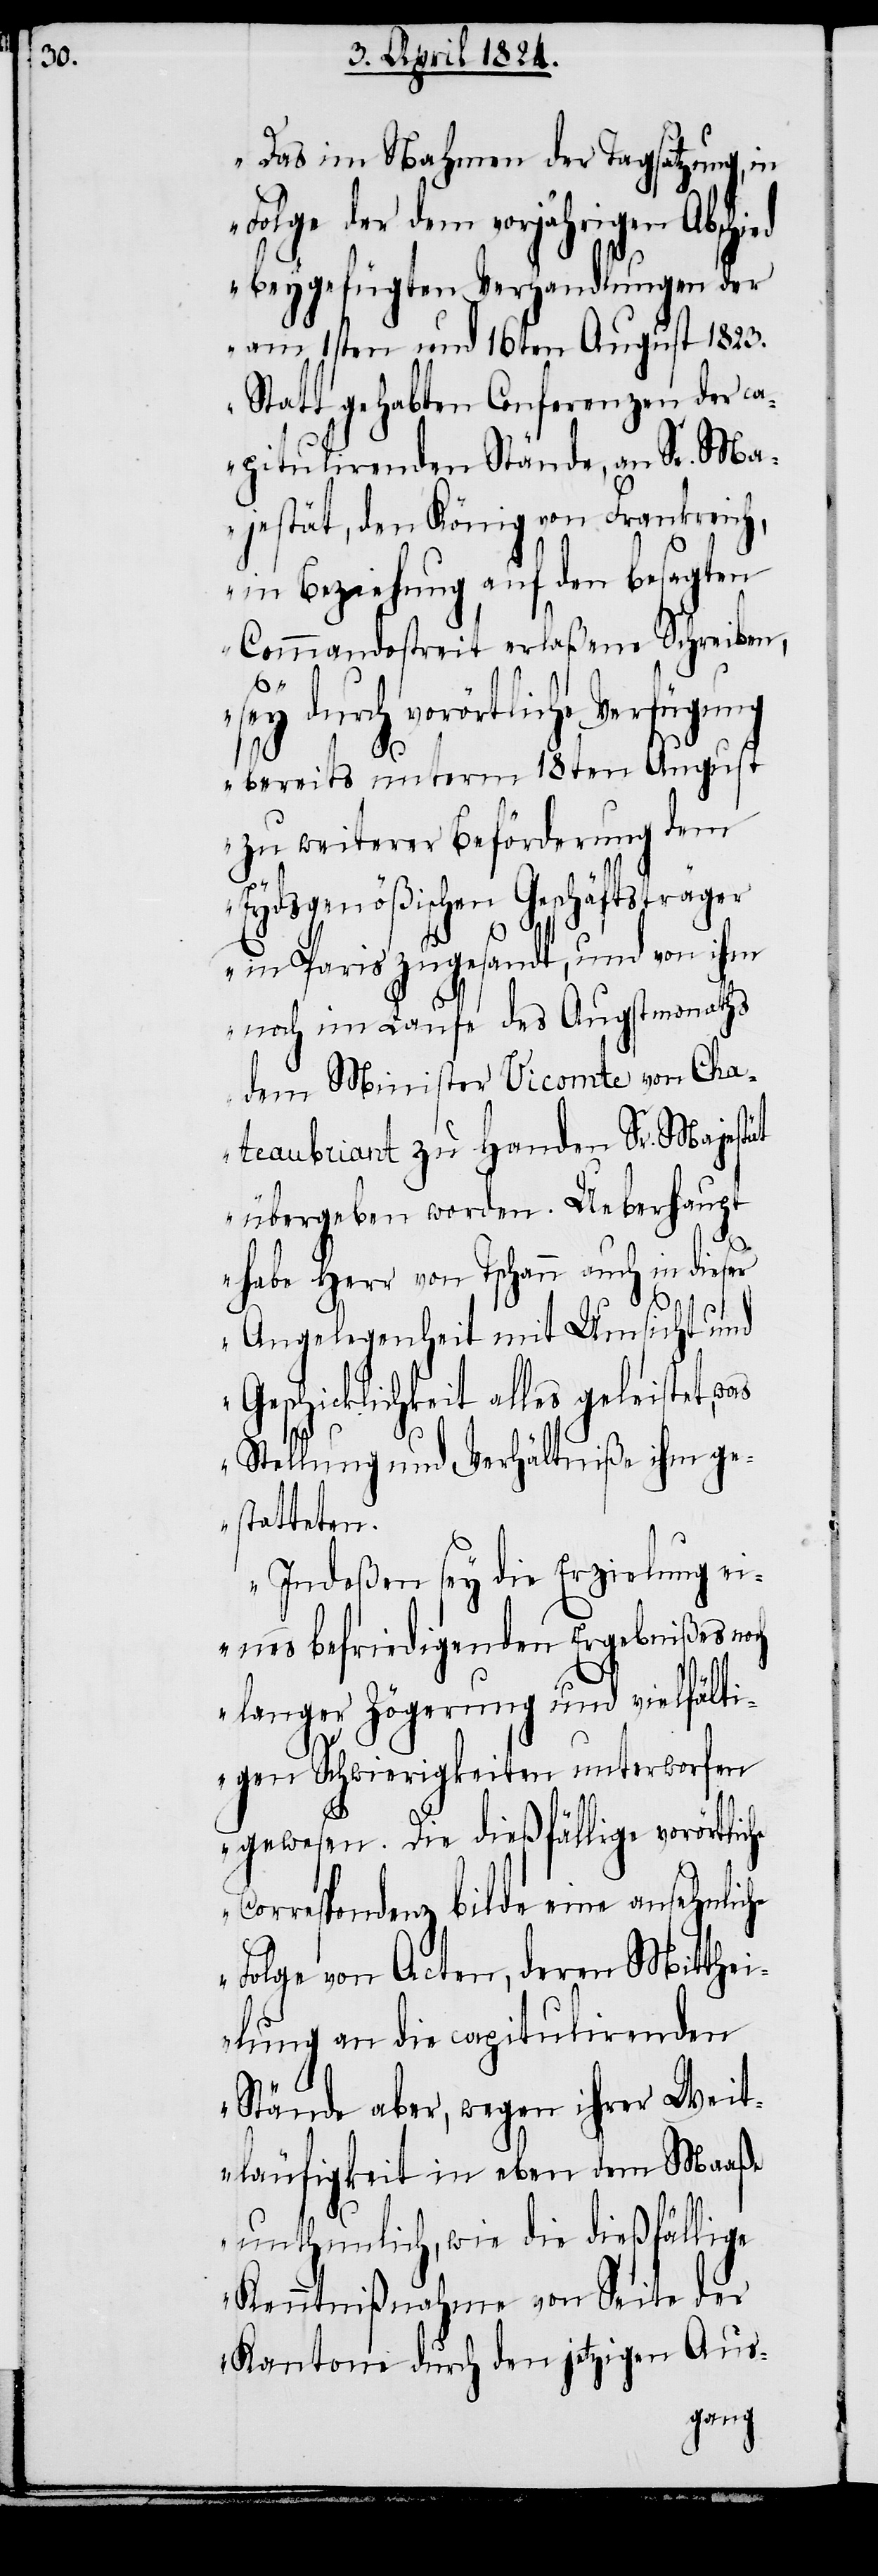
„Das im Nahmen der Tagsatzung, in
Folge der dem vorjährigen Abschied
beygefügten Verhandlungen der
am 1sten und 16ten August 1823.
Statt gehabten Conferenzen der ca¬
pitulirenden Stände, an Se. Ma¬
jestät, den König von Frankreich,
in Beziehung auf den besagten
Commandostreit erlaßene Schreiben
s¬
ey durch vorörtliche Verfü¬
bereits unterm 18ten August
zu weiterer Beförderung dem
Eydsgenößischen Geschäftsträger
in Paris zugesandt, und von ihm
noch im Laufe des Augustmonaths
dem Minister Vicomte von Cha¬
teaubriant zu Handen Sr. Majestät
übergeben worden. Ueberhaupt
habe Herr von Tschann auch in dieser
Angelegenheit mit Umsicht und
Geschicklichkeit alles geleistet,
Stellung und Verhältniße ihm ge¬
statteten.
Indeßen sey die Erzielung e¬
ines befriedigenden Ergebnißes noch
langer Zögerung und vielfälti¬
gen Schwierigkeiten unterworfen
gewesen. Die dießfällige vorörtliche
Correspondenz bilde eine ansehnliche
Folge von Acten, deren Mitthei¬
lung an die capitulirenden
Stände aber, wegen ihrer Weit¬
läufigkeit in eben dem Maaße
unthunlich, wie die dießfällige
Kenntnißnahme von Seite der
Kantone durch den jetzigen Aus-
gung